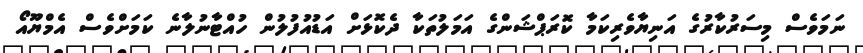
ނަމަވެސް މިސަރުކާރުގެ އަނިޔާވެރިކަމާ ކޮރަޕްޝަންގެ އަމަލުތަކާ ދެކޮޅަށް އަޑުއުފުލުން ހުއްޓާނުލާނެ ކަމަށްވެސް އެމްޔޫއޯ